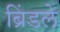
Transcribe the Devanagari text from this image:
ब्रिंडले